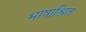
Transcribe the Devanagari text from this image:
भाषाश्रित